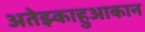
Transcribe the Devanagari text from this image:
अतेझ्काहुआकान